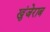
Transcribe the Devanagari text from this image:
खुंजेराब